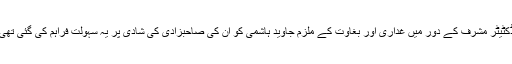
ڈکٹیٹر مشرف کے دور میں غداری اور بغاوت کے ملزم جاوید ہاشمی کو ان کی صاحبزادی کی شادی پر یہ سہولت فراہم کی گئی تھی۔